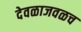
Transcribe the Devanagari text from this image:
देवळाजवळच